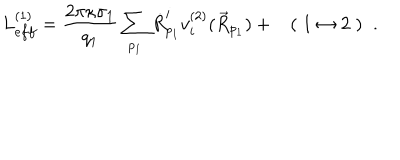
L _ { e f f } ^ { ( 1 ) } = \frac { 2 \pi \kappa \sigma _ { 1 } } { q _ { 1 } } \sum _ { p _ { 1 } } \dot { R } _ { p _ { 1 } } ^ { i } v _ { i } ^ { ( 2 ) } ( \vec { R } _ { p _ { 1 } } ) + ( \; 1 \leftrightarrow 2 \; ) \; \; .